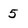
Character: 5